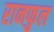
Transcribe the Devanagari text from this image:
रानफुल